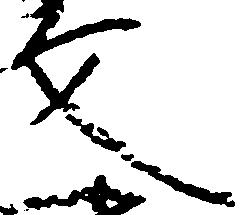
文